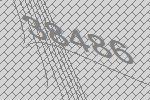
38486